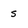
Character: s